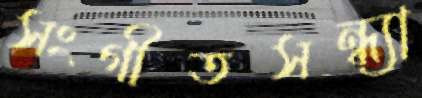
সংগীতসন্ধ্যা